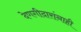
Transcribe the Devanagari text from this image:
देणगीदारांनाही